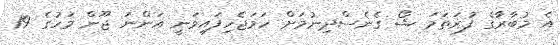
އެ މުބާރާުގެ ފުރަތަމަ ޝޯ ގެނެސްދިނުމަށް ހަމަޖެހިފައިވަނީ އަންނަ ޖޫން މަހުގެ 19